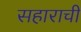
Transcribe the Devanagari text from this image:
सहाराची